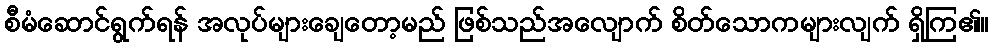
စီမံဆောင်ရွက်ရန် အလုပ်များချေတော့မည် ဖြစ်သည်အလျောက် စိတ်သောကများလျက် ရှိကြ၏။